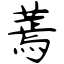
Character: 蔫